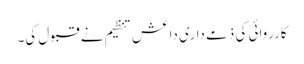
کارروائی کی ذمے داری داعش تنظیم نے قبول کی۔